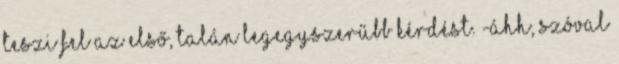
teszi fel az első, talán legegyszerűbb kérdést. -Áhh, szóval